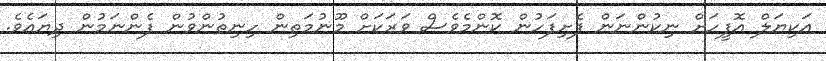
އަކިޔަލް އޮފީހަށް ނިކުންނަން ފެށިފަހުން ކޮންމެވެސް ވަރަކަށް މޫނުމަތިން ހިނިތުންވުން ފެންނަމުން ދިޔައެވެ.